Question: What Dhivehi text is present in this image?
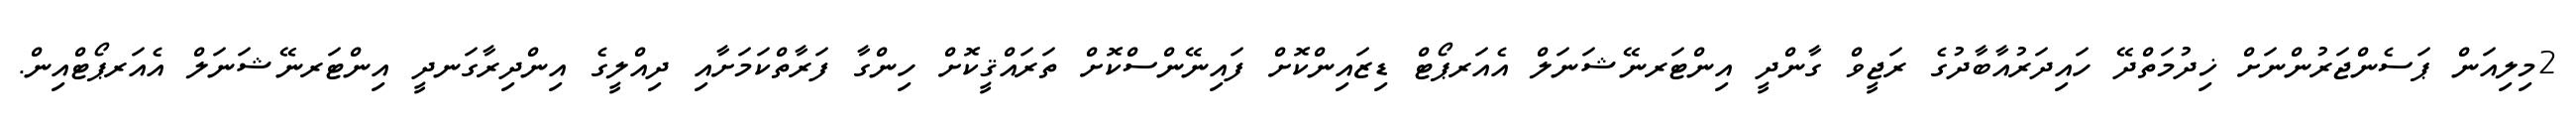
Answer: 2މިލިއަން ޕަސެންޖަރުންނަށް ޚިދުމަތްދޭ ހައިދަރުއާބާދުގެ ރަޖީވް ގާންދީ އިންޓަރނޭޝަނަލް އެއަރޕޯޓް ޑިޒައިންކޮށް ފައިނޭންސްކޮށް ތަރައްޤީކޮށް ހިންގާ ފަރާތްކަމަށާއި ދިއްލީގެ އިންދިރާގަނދީ އިންޓަރނޭޝަނަލް އެއަރޕޯޓްއިން.